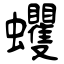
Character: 蠼